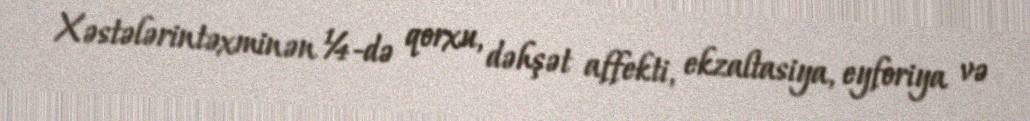
Xəstələrintəxminən ¼-də qorxu, dəhşət affekti, ekzaltasiya, eyforiya və